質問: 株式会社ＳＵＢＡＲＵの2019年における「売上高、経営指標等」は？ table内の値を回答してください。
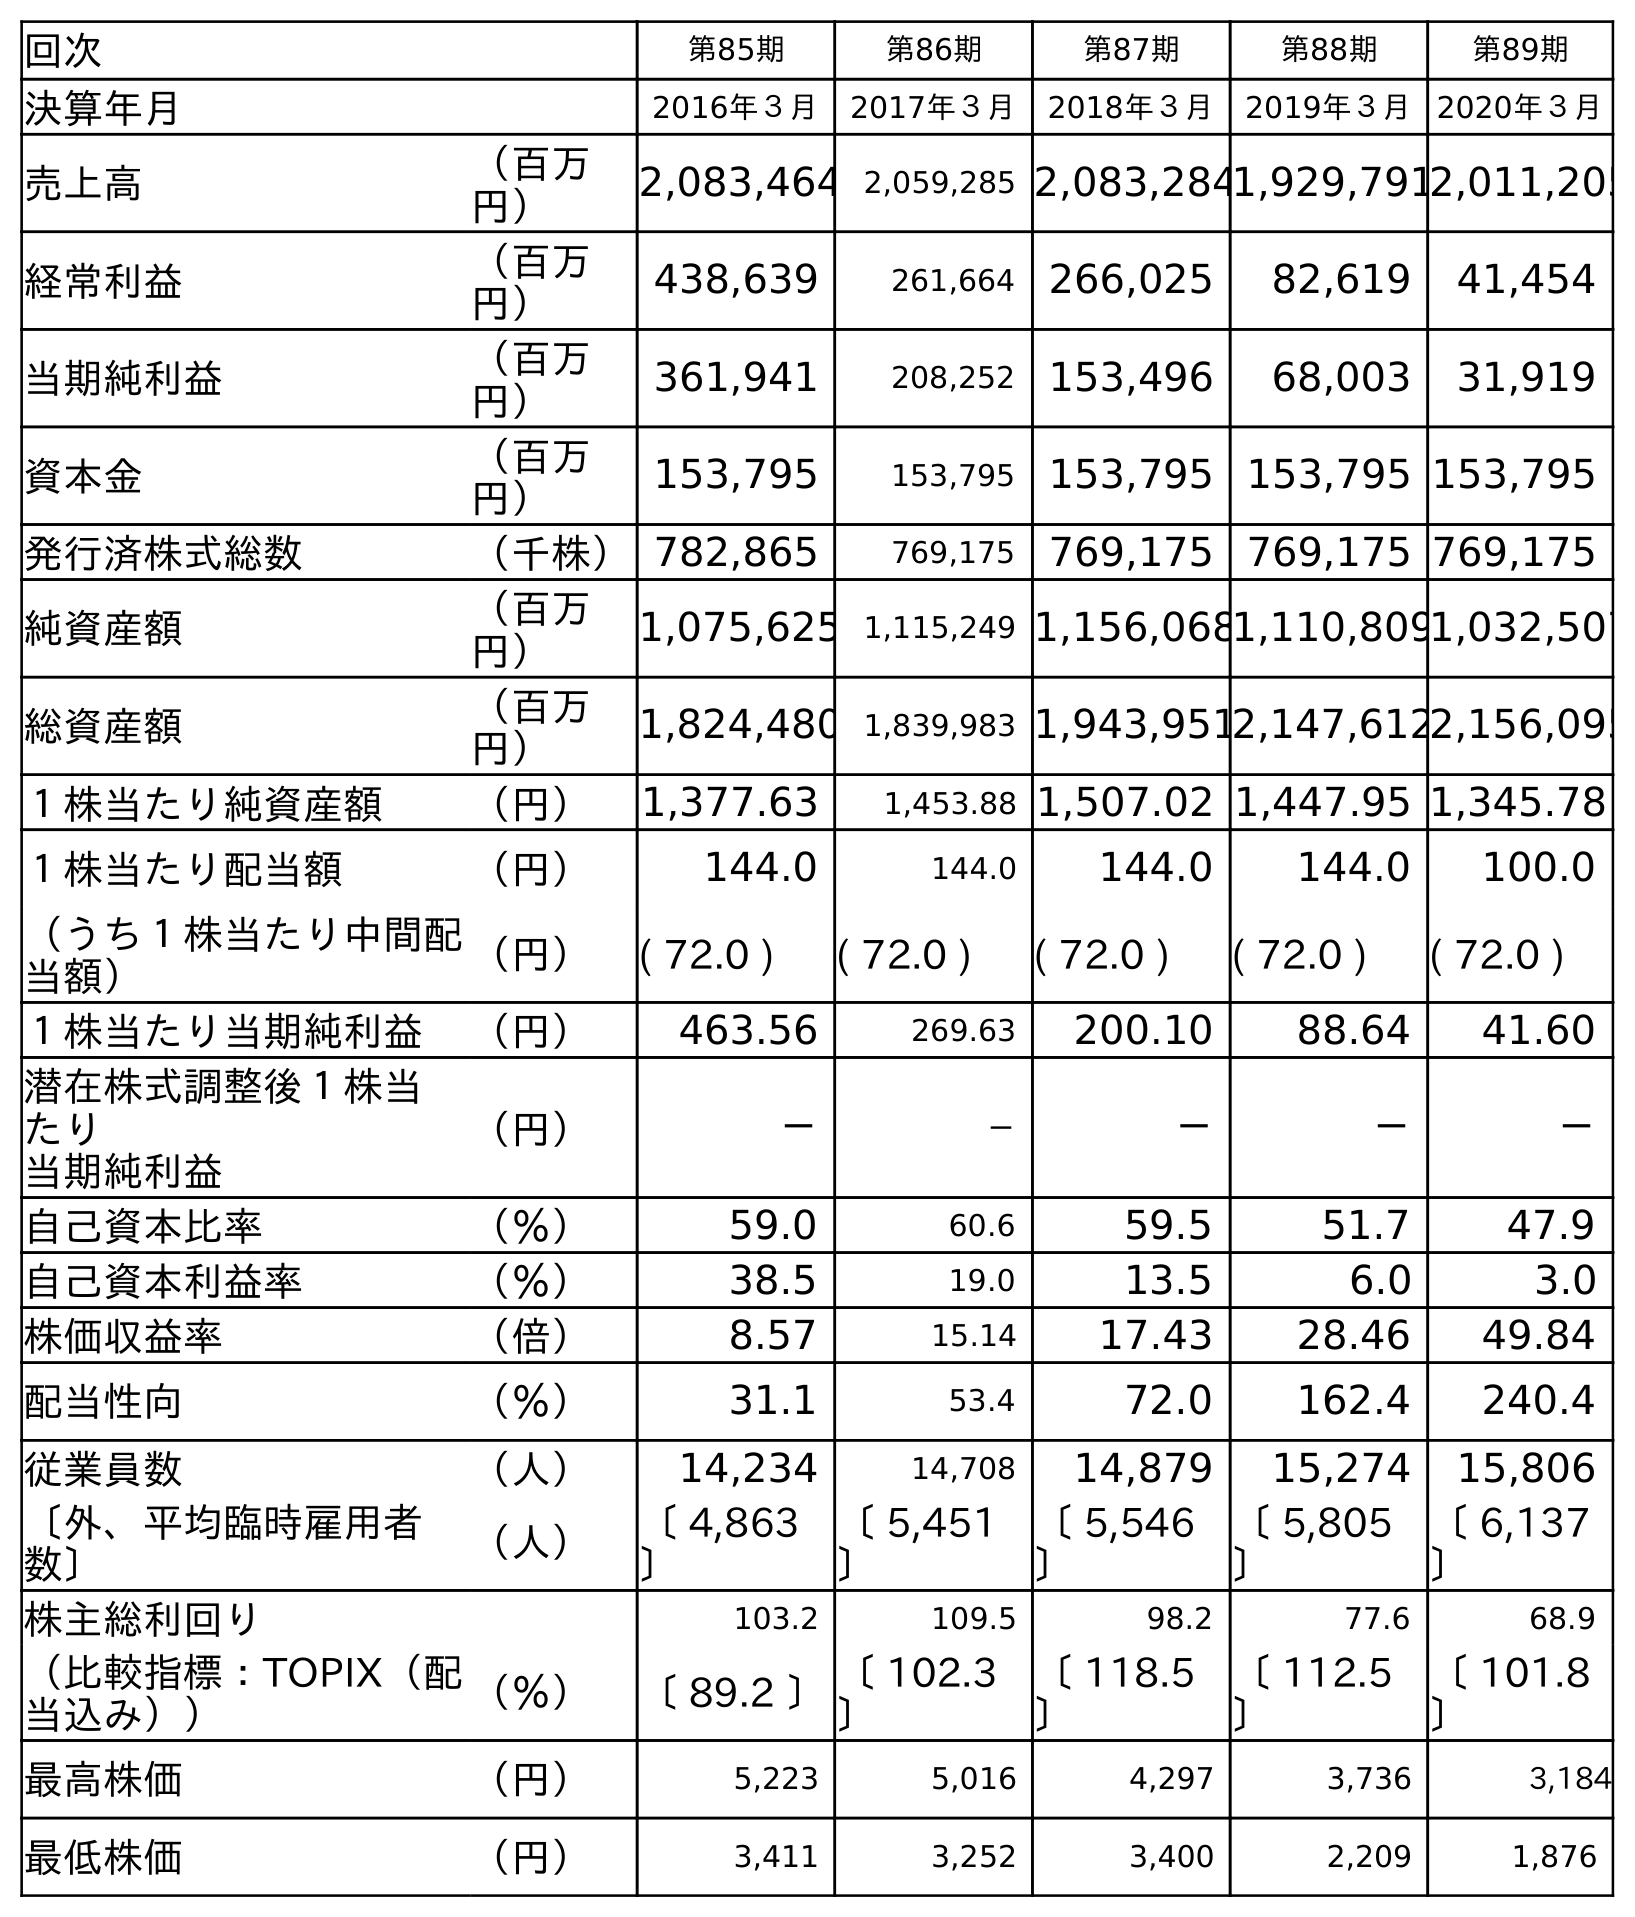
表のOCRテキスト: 回次 第85期 第86期 第87期 第88期 第89期 決算年月 2016年３月 2017年３月 2018年３月 2019年３月 2020年３月 売上高 （百万 円） 2,083,464 2,059,285 2,083,2841,929,7912,011,205 経常利益 （百万 円） 438,639 261,664 266,025 82,619 41,454 当期純利益 （百万 円） 361,941 208,252 153,496 68,003 31,919 資本金 （百万 円） 153,795 153,795 153,795 153,795 153,795 発行済株式総数 （千株）782,865 769,175 769,175 769,175 769,175 純資産額 （百万 円） 1,075,625 1,115,249 1,156,0681,110,8091,032,507 総資産額 （百万 円） 1,824,480 1,839,983 1,943,9512,147,6122,156,095 １株当たり純資産額 （円） 1,377.63 1,453.88 1,507.02 1,447.95 1,345.78 １株当たり配当額 （円） 144.0 144.0 144.0 144.0 100.0 （うち１株当たり中間配 当額） （円） ( 72.0 ) ( 72.0 ) ( 72.0 ) ( 72.0 ) ( 72.0 ) １株当たり当期純利益 （円） 463.56 269.63 200.10 88.64 41.60 潜在株式調整後１株当 たり 当期純利益 （円） － － － － － 自己資本比率 （％） 59.0 60.6 59.5 51.7 47.9 自己資本利益率 （％） 38.5 19.0 13.5 6.0 3.0 株価収益率 （倍） 8.57 15.14 17.43 28.46 49.84 配当性向 （％） 31.1 53.4 72.0 162.4 240.4 従業員数 （人） 14,234 14,708 14,879 15,274 15,806 〔外、平均臨時雇用者 数〕 （人） 〔 4,863 〕 〔 5,451 〕 〔 5,546 〕 〔 5,805 〕 〔 6,137 〕 株主総利回り 103.2 109.5 98.2 77.6 68.9 （比較指標：TOPIX（配 当込み）） （％） 〔 89.2 〕〔 102.3 〕 〔 118.5 〕 〔 112.5 〕 〔 101.8 〕 最高株価 （円） 5,223 5,016 4,297 3,736 3,184 最低株価 （円） 3,411 3,252 3,400 2,209 1,876
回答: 1,929,791